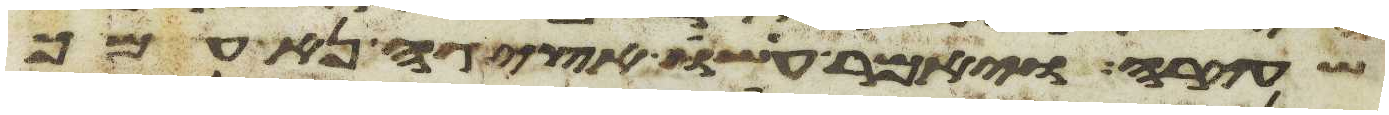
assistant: שעירה ויאמר עשו אציגה נא עמך